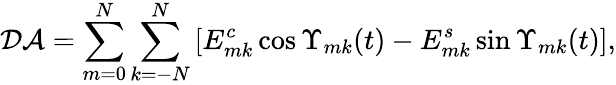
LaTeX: \mathcal{DA}=\sum_{m=0}^{N}\sum_{k=-N}^{N}\left[E_{mk}^{c}\cos\Upsilon_{mk}(t)-E_{mk}^{s}\sin\Upsilon_{mk}(t)\right],